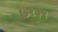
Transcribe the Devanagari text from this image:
७२३९